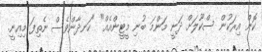
ކޮން އިރަކުން ސްކޫލަށް ދަނީ މަންމަ ބުނި މީޓީންއެއް" "ހަނދާންވެސް ނެތިފަ މިއިނީ.